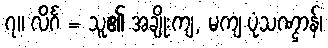
၇။ လိင်္ဂ = သူ၏ အချိုးကျ, မကျ ပုံသဏ္ဌာန်၊